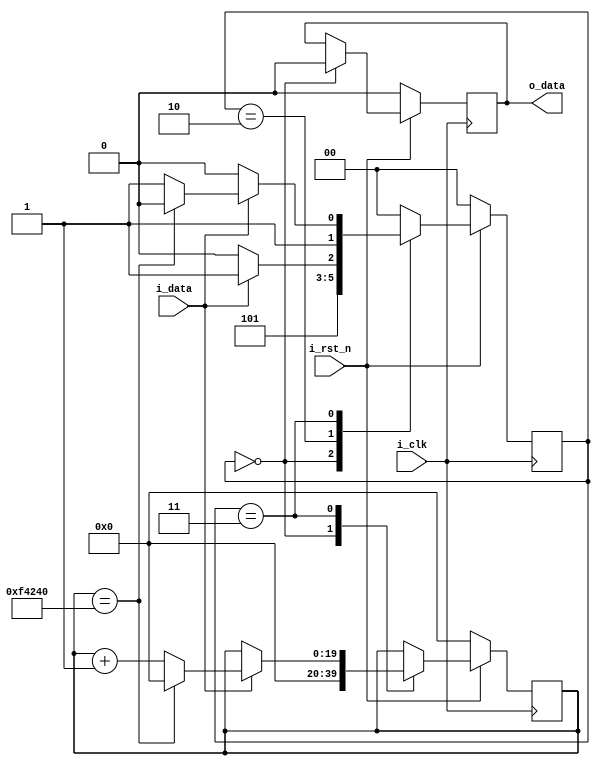
module deneme2 #( 
        parameter integer CNT_ONESEC = 1_000_000
)

(
input wire i_clk,       // saat isareti
input wire i_rst_n,     // sifirlama isareti
input wire i_data,      // girdi isareti

output reg o_data       // ikti isareti

 );

 reg [$clog2(CNT_ONESEC) -1: 0] cnt_posedge;

 reg[1:0] state;
 
localparam
    RST     = 2'b00,
    IDLE    = 2'b10,
    CNTR    = 2'b11,
    STOP    = 2'b10;

always @(posedge i_clk)
begin
    if (! i_rst_n) begin
        state <= RST;
        cnt_posedge <=0;
        o_data <=0;
    end // i_rst_n if
    else
    begin
        case(state)
            RST:
            begin
                state <= IDLE;
                cnt_posedge <=0;
                o_data <=0;
            end // RST
            
            IDLE:
            begin
                if (i_data ==1)
                    begin
                        state <= CNTR;
                    end // i_data if
                else
                    begin
                        state <=IDLE;
                    end // i_data else
            end // IDLE
            
            CNTR:
            begin
                if (!i_data)
                begin
                    state <=IDLE;
                end // i_data if
                else if(cnt_posedge == CNT_ONESEC)
                begin
                    state <= STOP;
                    cnt_posedge<=0;
                end // cnt_posedge else if
                else
                begin
                    cnt_posedge <= cnt_posedge +1;
                    state <= CNTR;
                end // i_data else
                
            end // CNTR
            
            STOP:
            begin
             o_data <=1;
             state <=STOP;
            end // STOP 
            
            default:
            begin
            state <=RST;
            end //default
        
        endcase // state case
    
    end // i_rst_n else

end // always
    
endmodule